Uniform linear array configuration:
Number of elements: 32
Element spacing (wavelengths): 0.5
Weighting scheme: blackman
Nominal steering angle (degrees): -45
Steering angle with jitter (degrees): -45.593
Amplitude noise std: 0.05
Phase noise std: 0.05

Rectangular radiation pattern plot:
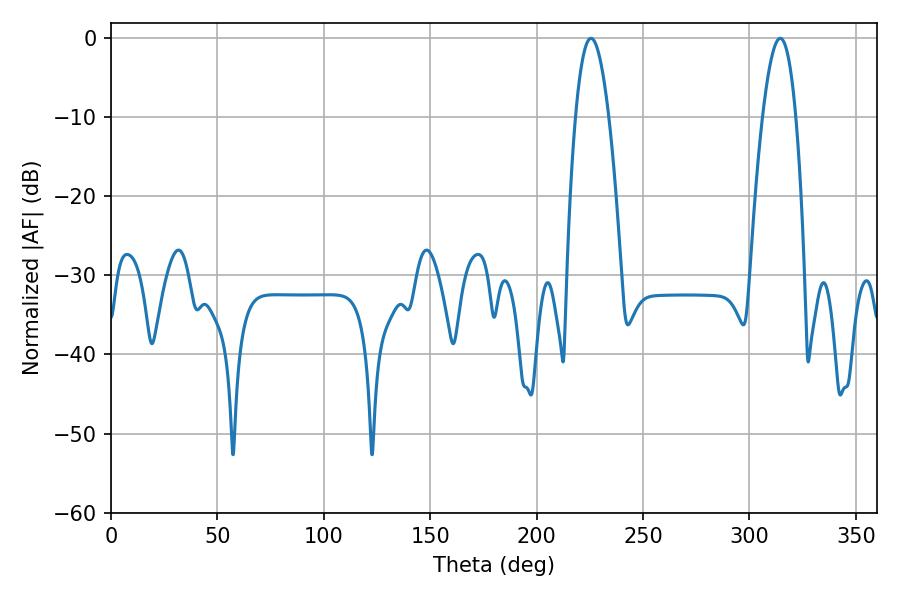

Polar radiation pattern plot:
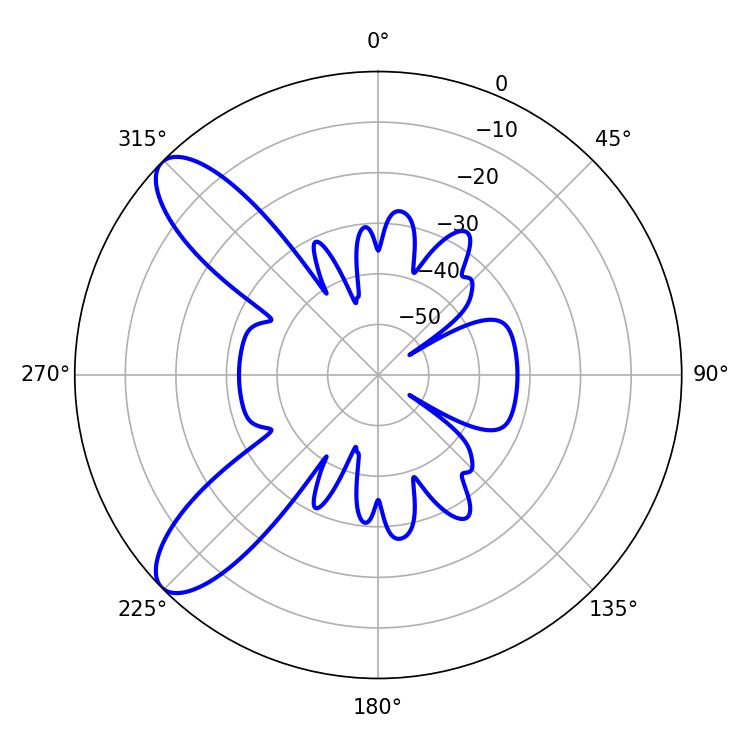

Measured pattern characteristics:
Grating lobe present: FALSE
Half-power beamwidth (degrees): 8.64
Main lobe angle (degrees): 225.54